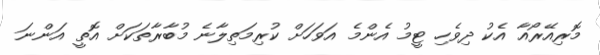
މޮރިއޭރޯއާ އެކު ދިވެހި ޓީމު އެންމެ އަވަހަށް ކުރިމަތިލާނެ މުބާރާތަކަށް އޮތީ އަންނަ